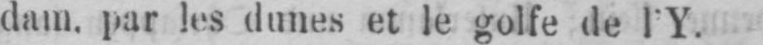
dam. par les dunes et le golfe de I’Y.